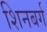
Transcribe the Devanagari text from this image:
शिनबर्ग